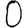
Digit: 0